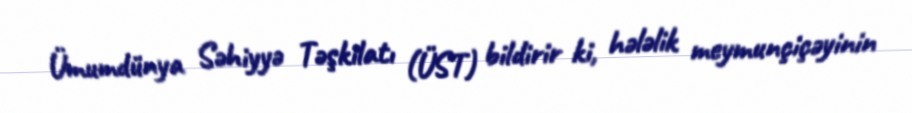
Ümumdünya Səhiyyə Təşkilatı (ÜST) bildirir ki, hələlik meymunçiçəyinin